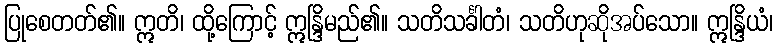
ပြုစေတတ်၏။ ဣတိ၊ ထို့ကြောင့် ဣန္ဒြိမည်၏။ သတိသင်္ခါတံ၊ သတိဟုဆိုအပ်သော။ ဣန္ဒြိယံ၊